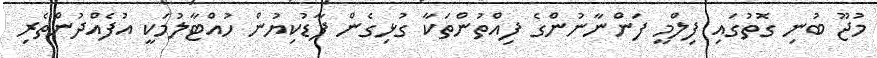
މުޖޫ ބުނި ގޮތުގައި ފިލްމީ ފަންނާނުންގެ ފިއްތުންތަކާ ގުޅިގެން ފާޑުކިޔުން ހުއްޓާލުމަކީ އުފެއްދުންތެރި